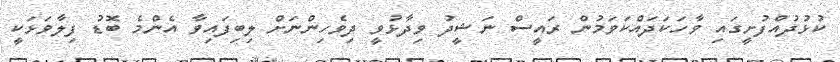
ކުޅުދުއްފުށީގައި ވާހަކަދައްކަވަމުން ރައީސް ނަޝީދު ވިދާޅުވީ ދިވެހިންނަށް ލިބިފައިވާ އެންމެ ބޮޑު ފިލާވަޅަކީ